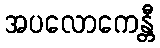
အပလောကေန္တီ